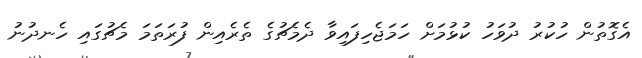
އެގޮތުން ހުކުރު ދުވަހު ކުޅުމަށް ހަމަޖެހިފައިވާ ދެމެޗުގެ ތެރެއިން ފުރަތަމަ މެޗުގައި ހެނދުނު